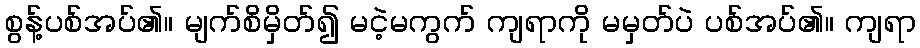
စွန့်ပစ်အပ်၏။ မျက်စိမှိတ်၍ မငဲ့မကွက် ကျရာကို မမှတ်ပဲ ပစ်အပ်၏။ ကျရာ